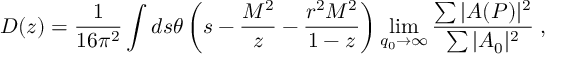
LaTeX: D ( z ) = \frac { 1 } { 1 6 \pi ^ { 2 } } \int d s \theta \left( s - \frac { M ^ { 2 } } { z } - \frac { r ^ { 2 } M ^ { 2 } } { 1 - z } \right) \operatorname * { l i m } _ { q _ { 0 } \to \infty } \frac { \sum \vert A ( P ) \vert ^ { 2 } } { \sum \vert A _ { 0 } \vert ^ { 2 } } \; ,